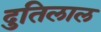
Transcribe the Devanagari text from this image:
दुतिलाल